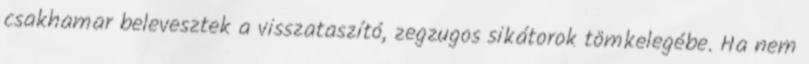
csakhamar belevesztek a visszataszító, zegzugos sikátorok tömkelegébe. Ha nem